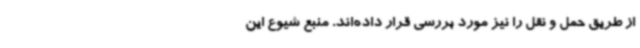
از طریق حمل و نقل را نیز مورد بررسی قرار داده‌اند. منبع شیوع این